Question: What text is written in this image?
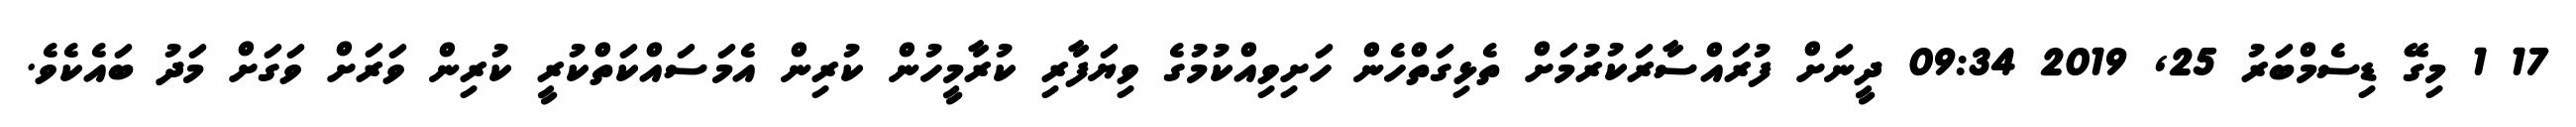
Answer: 17 1 މިގޭ ޑިސެމްބަރު 25, 2019 09:34 ދީނަށް ފުރައްސާރަކުރުމަށް ތެޅިގަތްހެން ހަށިވިއްކުމުގެ ވިޔަފާރި ކުރާމީހުން ކުރިން އެމަސައްކަތްކުރީ ކުރިން ވަރަށް ވަގަށް މަދު ބައެކެވެ.